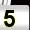
Digit: 5